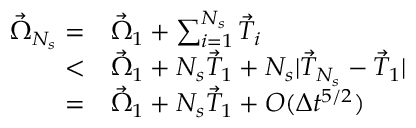
\begin{array} { r l } { \vec { \Omega } _ { N _ { s } } = } & { \vec { \Omega } _ { 1 } + \sum _ { i = 1 } ^ { N _ { s } } \vec { T } _ { i } } \\ { < } & { \vec { \Omega } _ { 1 } + N _ { s } \vec { T } _ { 1 } + N _ { s } | \vec { T } _ { N _ { s } } - \vec { T } _ { 1 } | } \\ { = } & { \vec { \Omega } _ { 1 } + N _ { s } \vec { T } _ { 1 } + O ( \Delta t ^ { 5 / 2 } ) } \end{array}